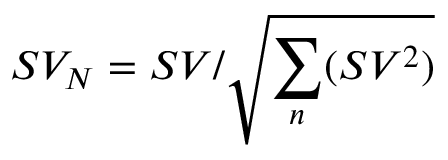
S V _ { N } = S V / \sqrt { \sum _ { n } ( S V ^ { 2 } ) }